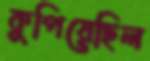
কুপিয়েছিল